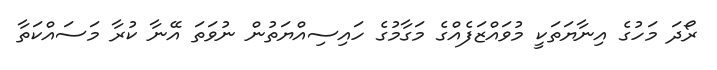
ރޯދަ މަހުގެ އިނާޔަތަކީ މުވައްޒަފެއްގެ މަގާމުގެ ހައިސިއްޔަތުން ނުވަތަ އޭނާ ކުރާ މަސައްކަތާ